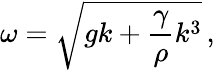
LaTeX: \omega=\sqrt{gk+\frac{\gamma}{\rho}k^{3}}\, ,